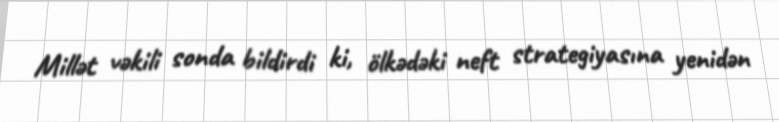
Millət vəkili sonda bildirdi ki, ölkədəki neft strategiyasına yenidən